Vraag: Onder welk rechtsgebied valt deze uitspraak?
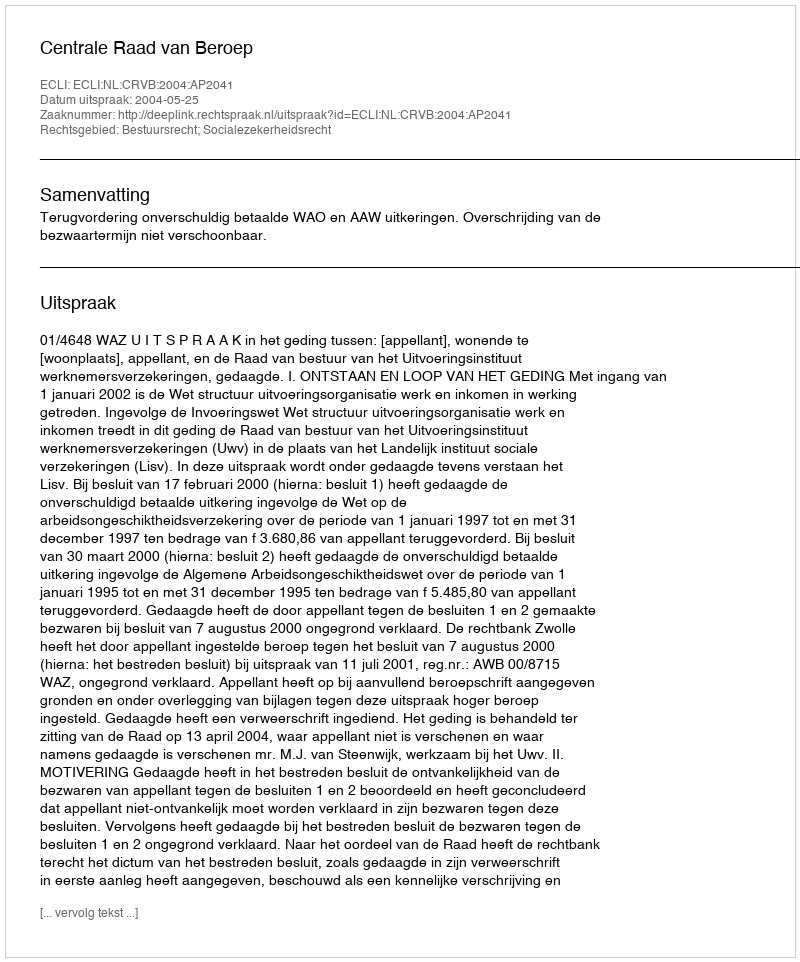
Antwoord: Bestuursrecht; Socialezekerheidsrecht